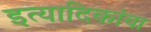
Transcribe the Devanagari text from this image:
इत्यादिकांचा